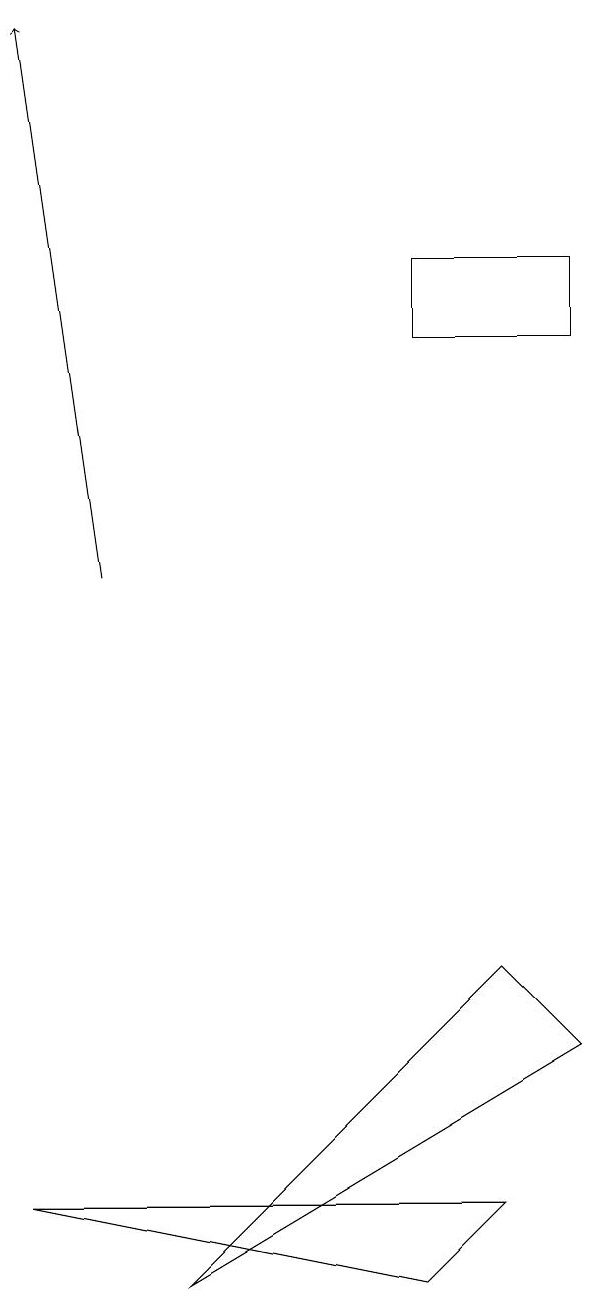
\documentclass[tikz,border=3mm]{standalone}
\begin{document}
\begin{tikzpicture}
\draw (7,7) -- (8,6) -- (3,3) -- cycle;
\draw (6,3) -- (1,4) -- (7,4) -- cycle;
\draw (6,15) rectangle (8,16);
\draw[->] (2,12) -- (1,19);
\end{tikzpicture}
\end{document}